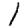
Digit: 1